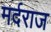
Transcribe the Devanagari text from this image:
मर्दराज